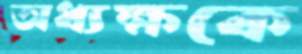
অধ্যক্ষকে